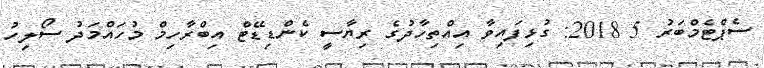
ސެޕްޓެމްބަރު 5 2018: ގުޅިފައިވާ އިއްތިހާދުގެ ރިޔާސީ ކެންޑިޑޭޓް އިބްރާހިމް މުހައްމަދު ސޯލިހު